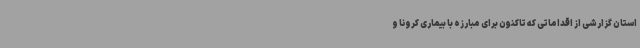
استان گزارشی از اقداماتی که تاکنون برای مبارزه با بیماری کرونا و